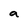
Character: a